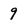
Character: 9